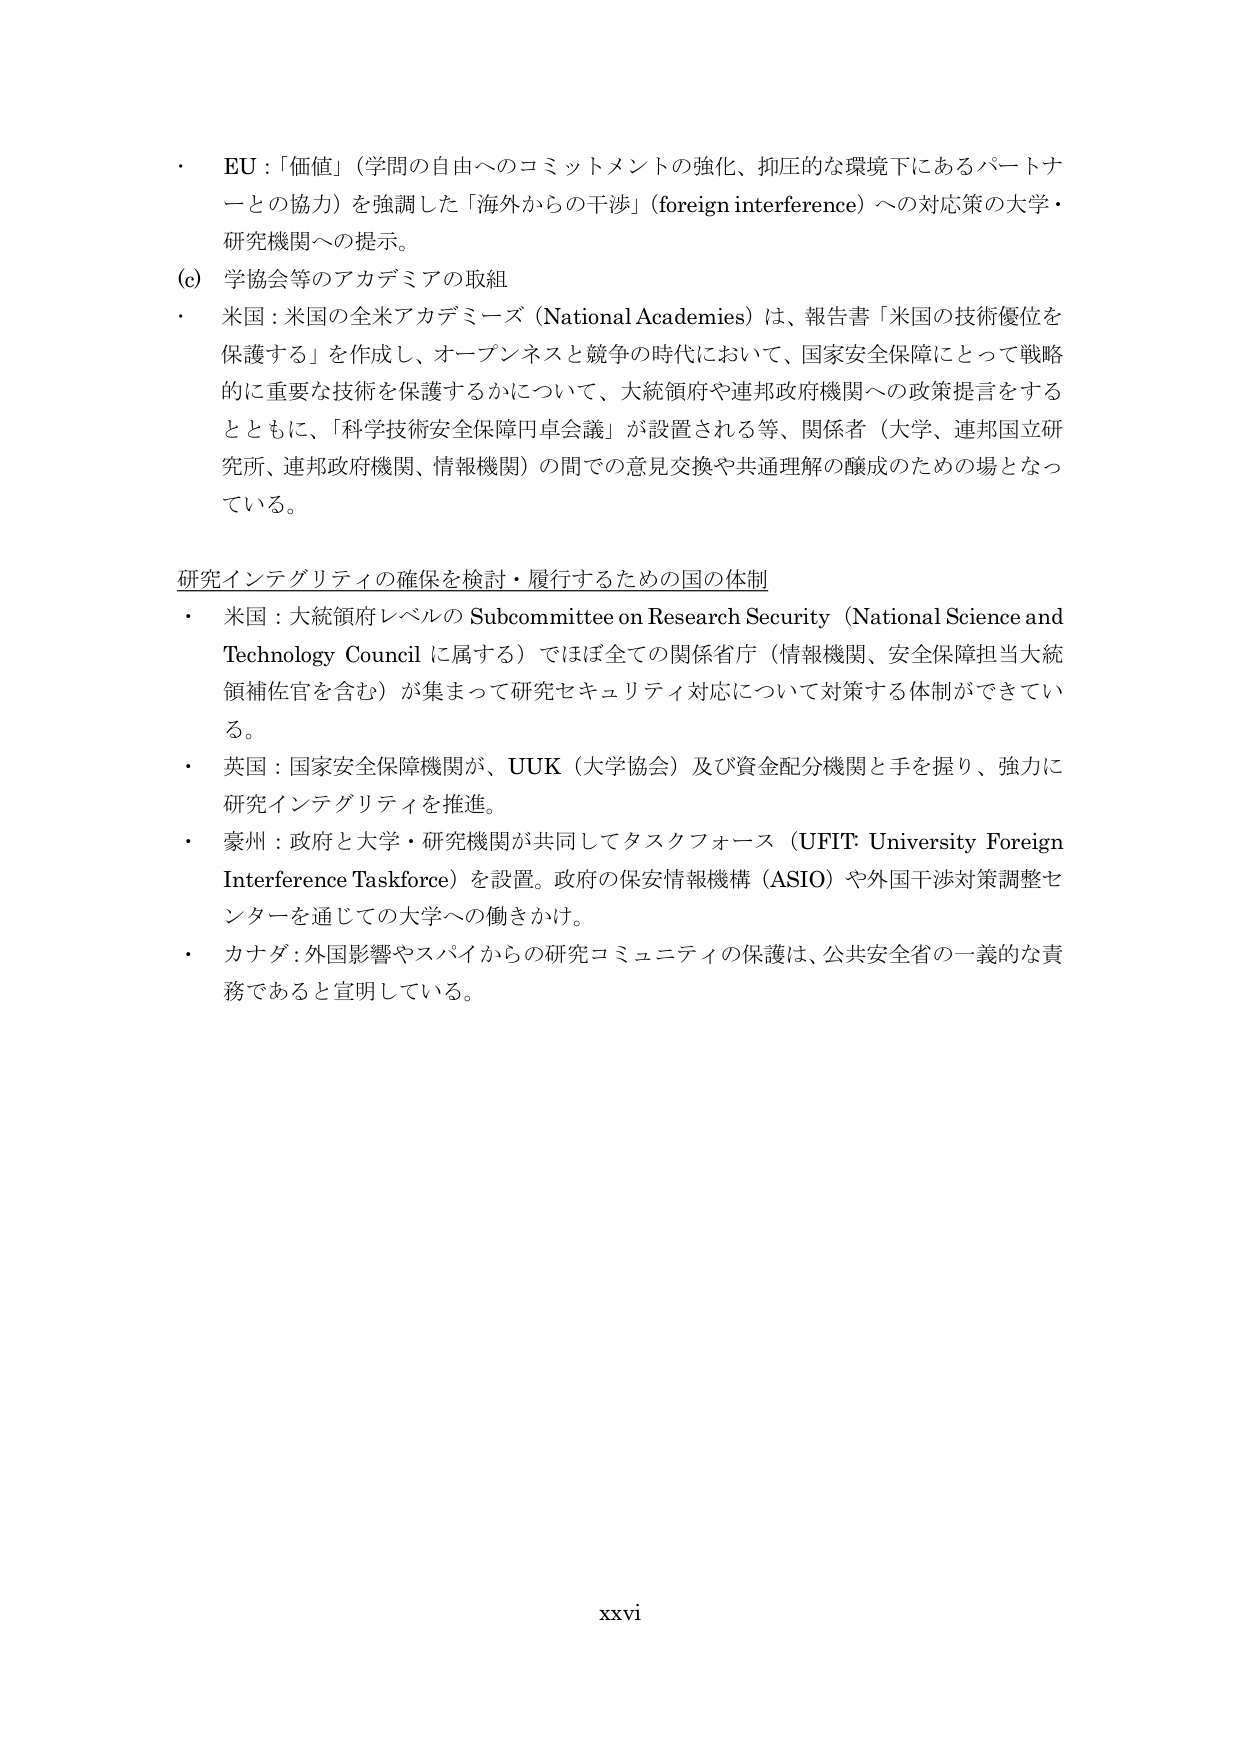
・ EU：「価値」（学問の自由へのコミットメントの強化、抑圧的な環境下にあるパートナーとの協力）を強調した「海外からの干渉」（foreign interference）への対応策の大学・研究機関への提示。

(c) 学協会等のアカデミアの取組

・ 米国：米国の全米アカデミーズ（National Academies）は、報告書「米国の技術優位を保護する」を作成し、オープンネスと競争の時代において、国家安全保障にとって戦略的に重要な技術を保護するかについて、大統領府や連邦政府機関への政策提言をするとともに、「科学技術安全保障円卓会議」が設置される等、関係者（大学、連邦国立研究所、連邦政府機関、情報機関）の間での意見交換や共通理解の醸成のための場となっている。

研究インテグリティの確保を検討・履行するための国の体制

・ 米国：大統領府レベルの Subcommittee on Research Security（National Science and Technology Council に属する）ではほぼ全ての関係省庁（情報機関、安全保障担当大統領補佐官を含む）が集まって研究セキュリティ対応について対策する体制ができている。

・ 英国：国家安全保障機関が、UUK（大学協会）及び資金配分機関と手を握り、強力に研究インテグリティを推進。

・ 豪州：政府と大学・研究機関が共同してタスクフォース（UFIT: University Foreign Interference Taskforce）を設置。政府の保安情報機構（ASIO）や外国干渉対策調整センターを通じての大学への働きかけ。

・ カナダ：外国影響やスパイからの研究コミュニティの保護は、公共安全省の一義的な責務であると宣明している。

xxvi